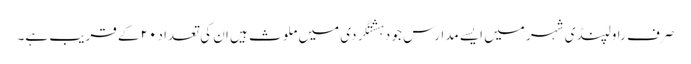
صرف راولپنڈی شہر میں ایسے مدارس جو دہشتگردی میں ملوث ہیں ان کی تعداد ۲۰ کے قریب ہے۔